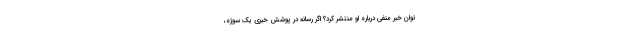
توان خبر منفی درباره او منتشر کرد؟ اگر رسانه در پوشش خبری یک سوژه،